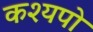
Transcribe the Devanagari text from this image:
कश्यपो